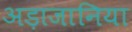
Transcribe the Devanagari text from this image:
अड़ाजानिया